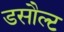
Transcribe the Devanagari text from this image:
डसौल्ट